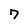
Character: 7